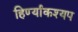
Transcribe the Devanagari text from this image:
हिर्ण्याकश्यप